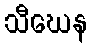
သီဃေန